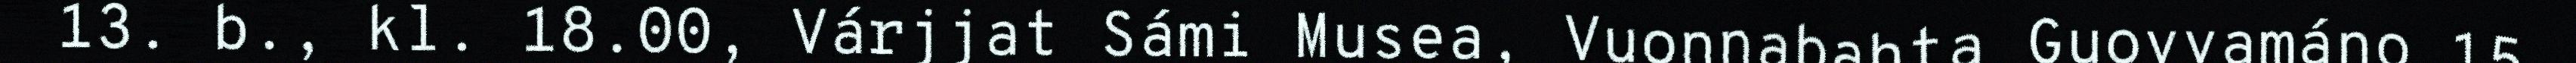
13. b., kl. 18.00, Várjjat Sámi Musea, Vuonnabahta Guovvamáno 15.